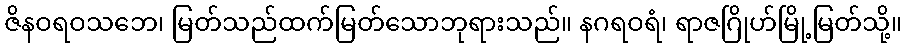
ဇိနဝရဝသဘေ၊ မြတ်သည်ထက်မြတ်သောဘုရားသည်။ နဂရဝရံ၊ ရာဇဂြိုဟ်မြို့မြတ်သို့။